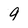
Character: 9